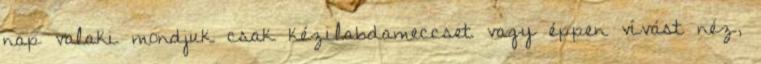
nap valaki mondjuk csak kézilabdameccset vagy éppen vívást néz,